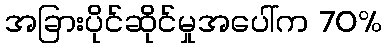
အခြားပိုင်ဆိုင်မှုအပေါ်က 70%